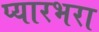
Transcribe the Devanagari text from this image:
प्यारभरा